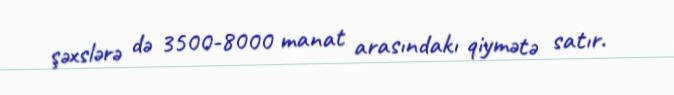
şəxslərə də 3500-8000 manat arasındakı qiymətə satır.